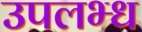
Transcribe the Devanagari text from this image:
उपलभ्ध